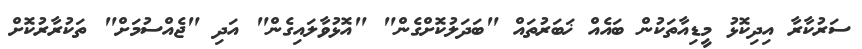
ސަރުކާރާ އިދިކޮޅު މީޑިއާތަކުން ބައެއް ޚަބަރުތައް "ބަދަލުކޮށްގެން" "އޮޅުވާލައިގެން" އަދި "ޖެއްސުމަށް" ތަކުރާރުކޮށް